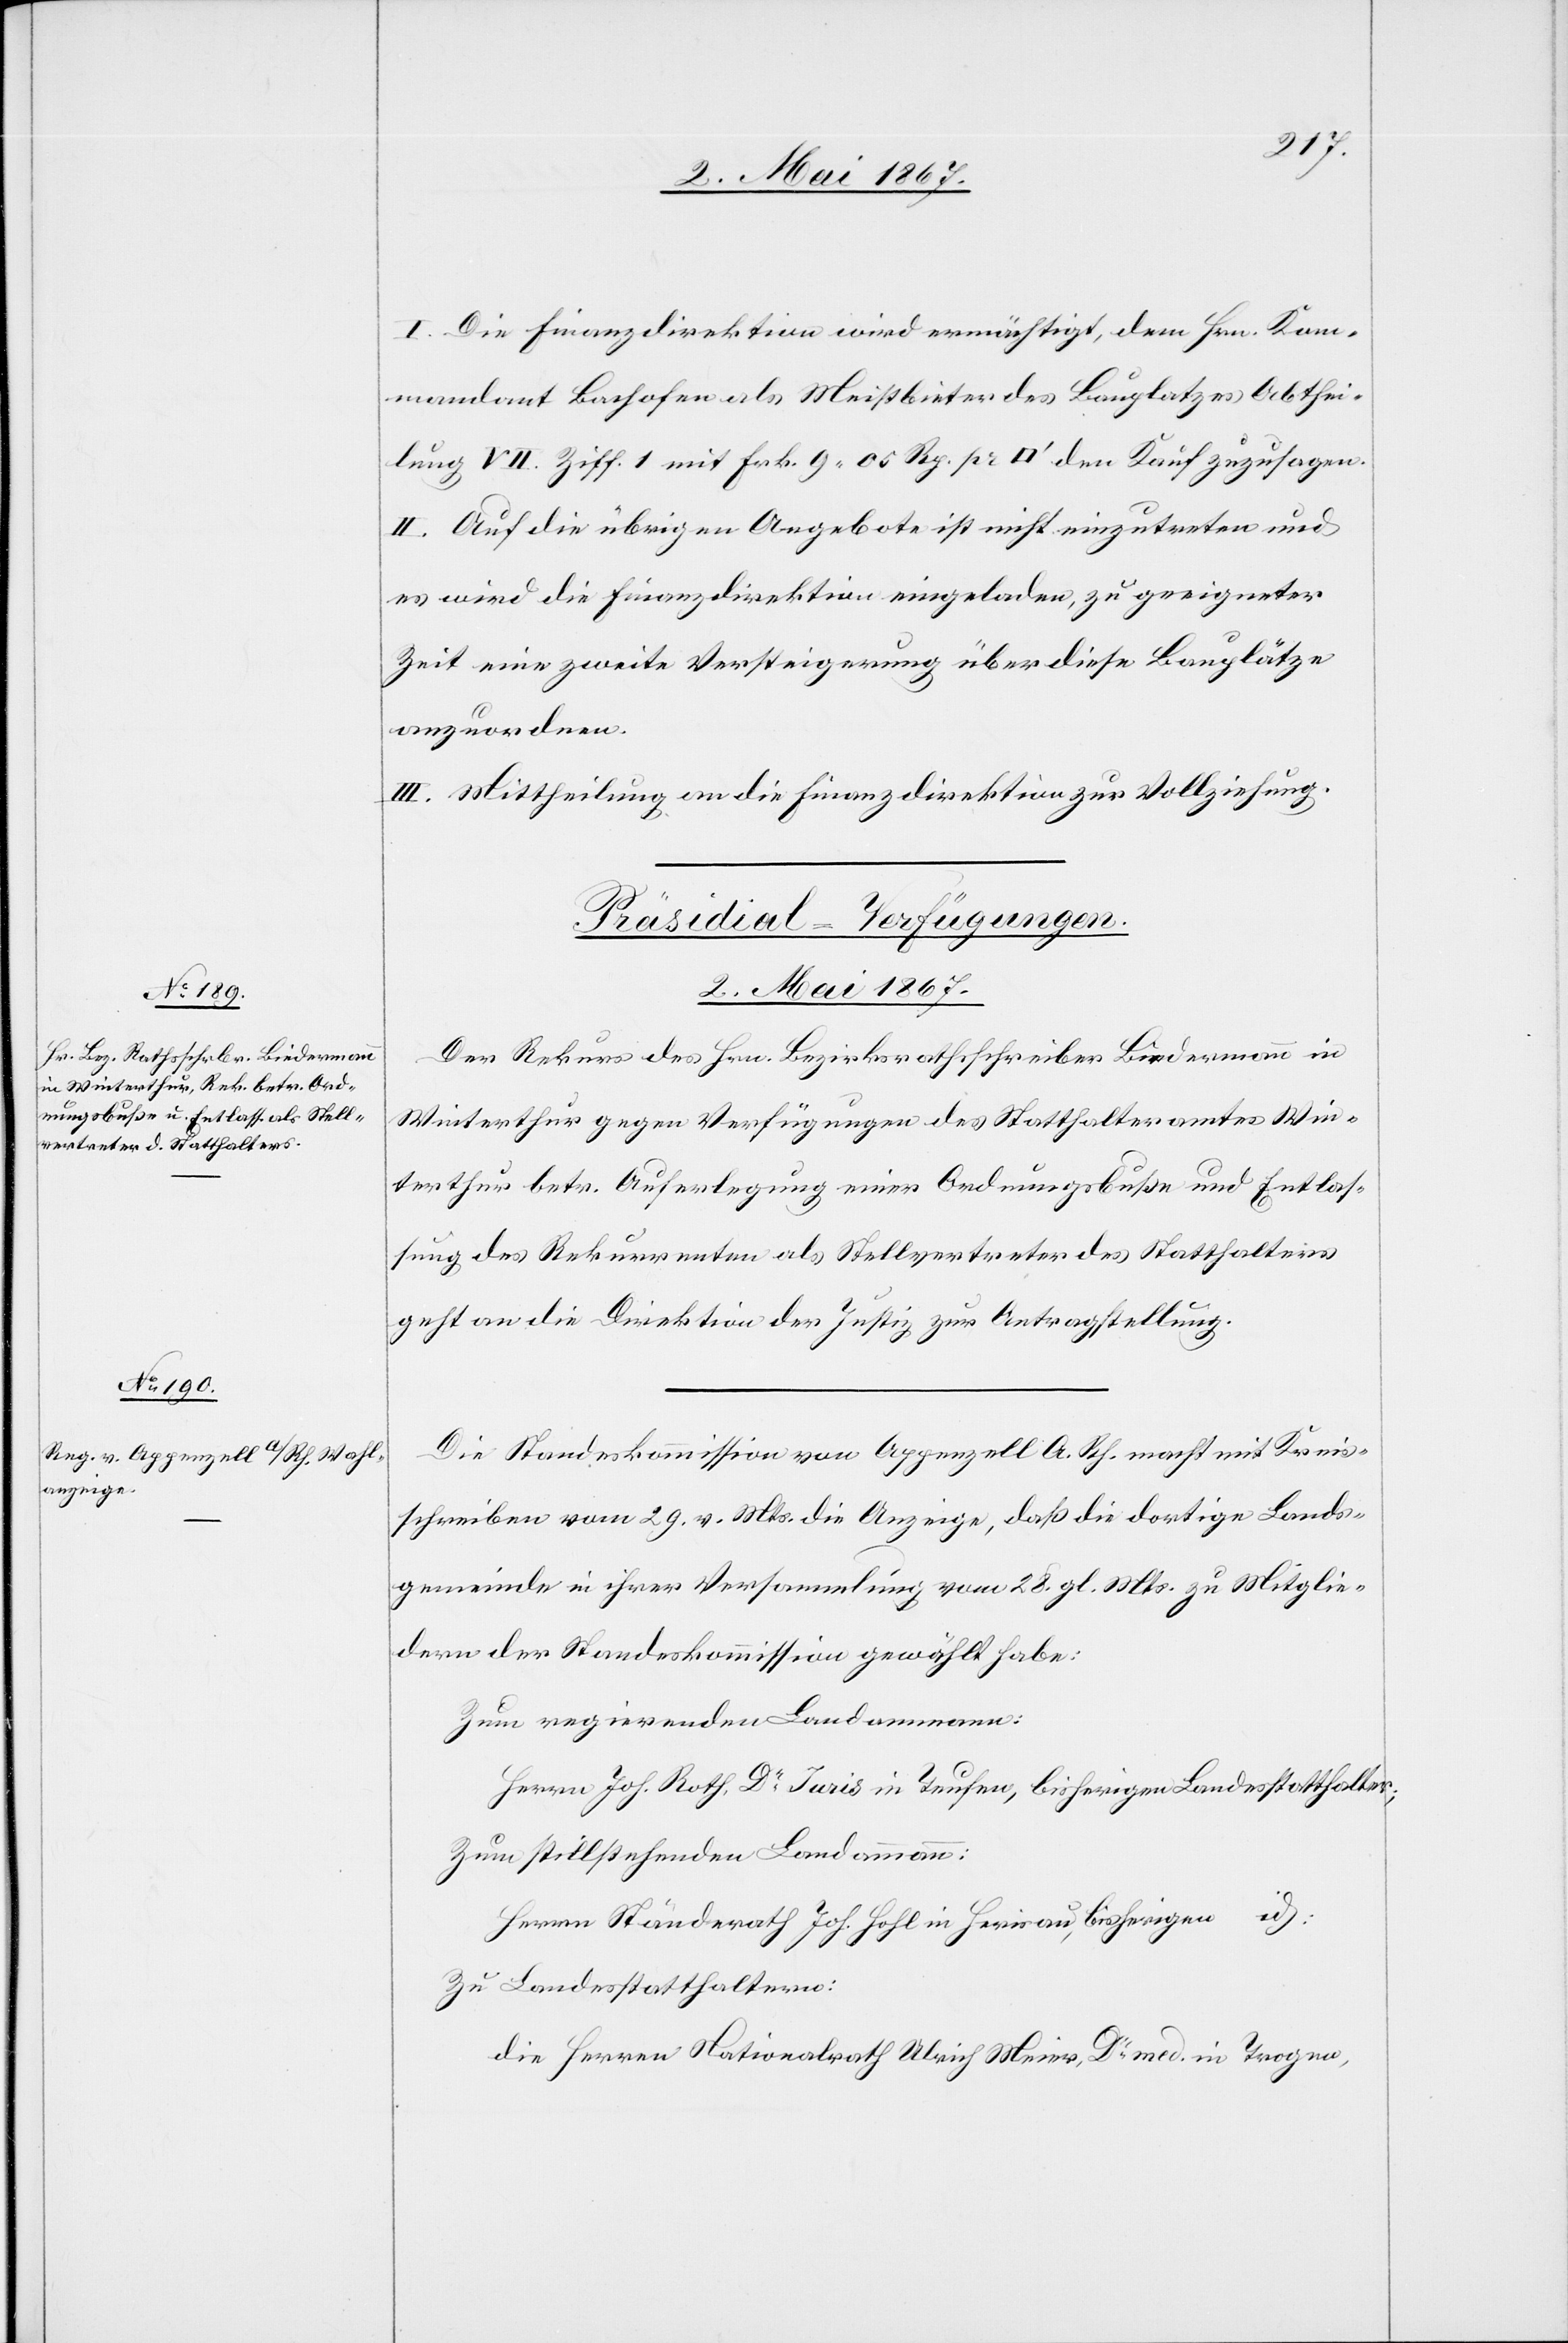
2. Mai 1867.]
I. Die Finanzdirektion wird ermächtigt, dem Hrn. Kom¬
mandant Bachofen als Meistbieter des Bauplatzes Abthei¬
lung VII. Ziff. 1 mit Frk. 9. 05 Rp. pr [Quadratfuss] den Kauf zuzusagen.
II. Auf die übrigen Angebote ist nicht einzutreten und
es wird die Finanzdirektion eingeladen, zu geeigneter
Zeit eine zweite Versteigerung über diese Bauplätze
anzuordnen.
III. Mittheilung an die Finanzdirektion zur Vollziehung.
[Präsidial-Verfügungen.
2. Mai 1867.
Der Rekurs des Hrn. Bezirksrathsschreiber Biedermann in
Winterthur gegen Verfügungen des Statthalteramtes Win¬
terthur betr. Auferlegung einer Ordnungsbuße und Entlas¬
sung des Rekurrenten als Stellvertreter des Statthalters
geht an die Direktion der Justiz zur Antragstellung.
Die Standeskommission von Appenzell A. Rh. macht mit Kreis¬
schreiben vom 29. v. Mts. die Anzeige, daß die dortige Lands¬
gemeinde in ihrer Versammlung vom 28. gl. Mts. zu Mitglie¬
dern der Standeskommission gewählt habe:
Zum regierenden Landammann:
Herrn Joh. Roth Dr. Juris in Teufen, bisherigem Landsstatthalter;
Zum stillstehenden Landammann:
Herrn Ständerath Joh. Hohl in Herisau, bisherigen id:
Zu Landesstatthaltern:
die Herren Nationalrath Ulrich Meier, Dr. med in Trogen,